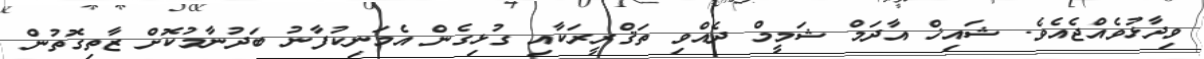
ވިދާޅުވެއްޖެއެވެ. ޝައިޚް އާދަމް ޝަމީމް ދެއްވި ތަޤްރީރަކާއި ގުޅިގެން އެމަނިކުފާނު ބަދުނާމުކޮށް ޒާތިގޮތުން